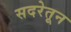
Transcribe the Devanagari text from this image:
सदरेतून